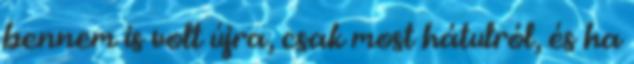
bennem is volt újra, csak most hátulról, és ha